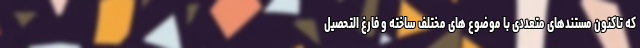
که تاکنون مستندهای متعددی با موضوع های مختلف ساخته و فارغ التحصیل